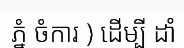
ភ្នំ ចំការ ) ដើម្បី ដាំ